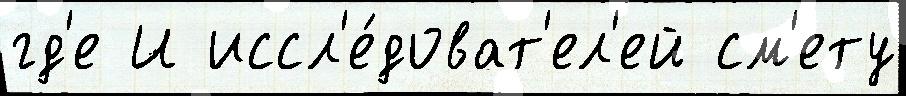
гд'е И иссл'е́доват'ел'ей см'ету